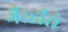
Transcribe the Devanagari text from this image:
गैरहीरो